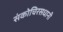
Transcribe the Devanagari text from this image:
संकोचिरसधानी